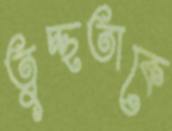
তুচ্ছতাকে